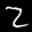
Label: 2